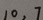
1 0 , 7